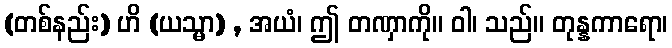
(တစ်နည်း) ဟိ (ယသ္မာ) , အယံ၊ ဤ တဏှာကို။ ဝါ၊ သည်။ တုန္နကာရော၊